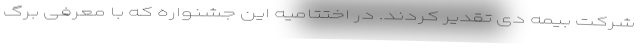
شرکت بیمه دی تقدیر کردند. در اختتامیه این جشنواره که با معرفی برگ